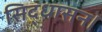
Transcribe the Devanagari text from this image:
सिद्धासन।